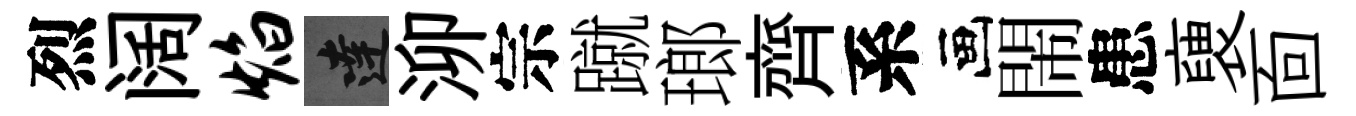
烈阔焰達泖宗蹴瑯齊系画閙患褏靣